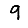
Digit: 9